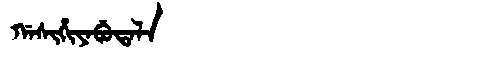
Manchu: ᡤᠠᠰᡳᡥᡳᠶᠠᠪᡠᡨᠠᠯᠠ
Romanization: GASIHIYABUTALA